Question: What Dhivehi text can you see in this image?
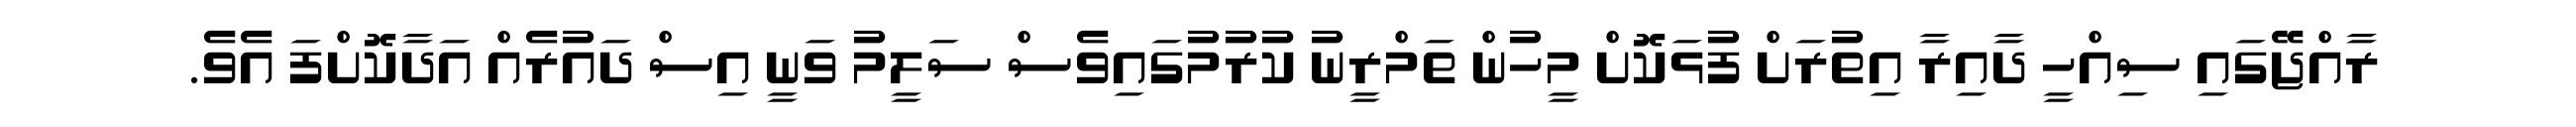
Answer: ރާއްޖޭގައި ސިއްހީ ދާއިރާ އިތުރަށް ފުޅަކޮށް މީހުން ތަމްރީނު ކުރުމުގައިވެސް ސަލީމު ވަނީ އިސް ދައުރެއް އަދާކޮށްފަ އެވެ.